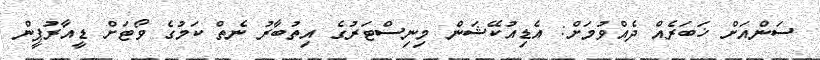
ސަންއަށް ޚަބަރެއް ދެއްވުމަށް: އެޑިއުކޭޝަން މިނިސްޓަރުގެ އިތުބާރު ނެތް ކަމުގެ ވޯޓަށް ޑީއާރުޕީން